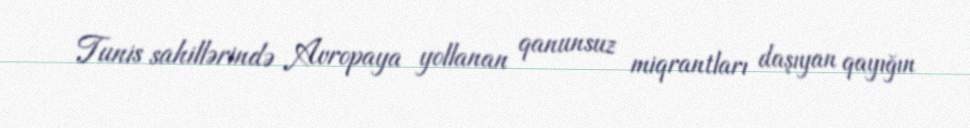
Tunis sahillərində Avropaya yollanan qanunsuz miqrantları daşıyan qayığın